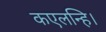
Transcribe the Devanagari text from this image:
कएलन्हि।